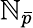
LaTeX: \mathbb{N}_{\bar{{p}}}